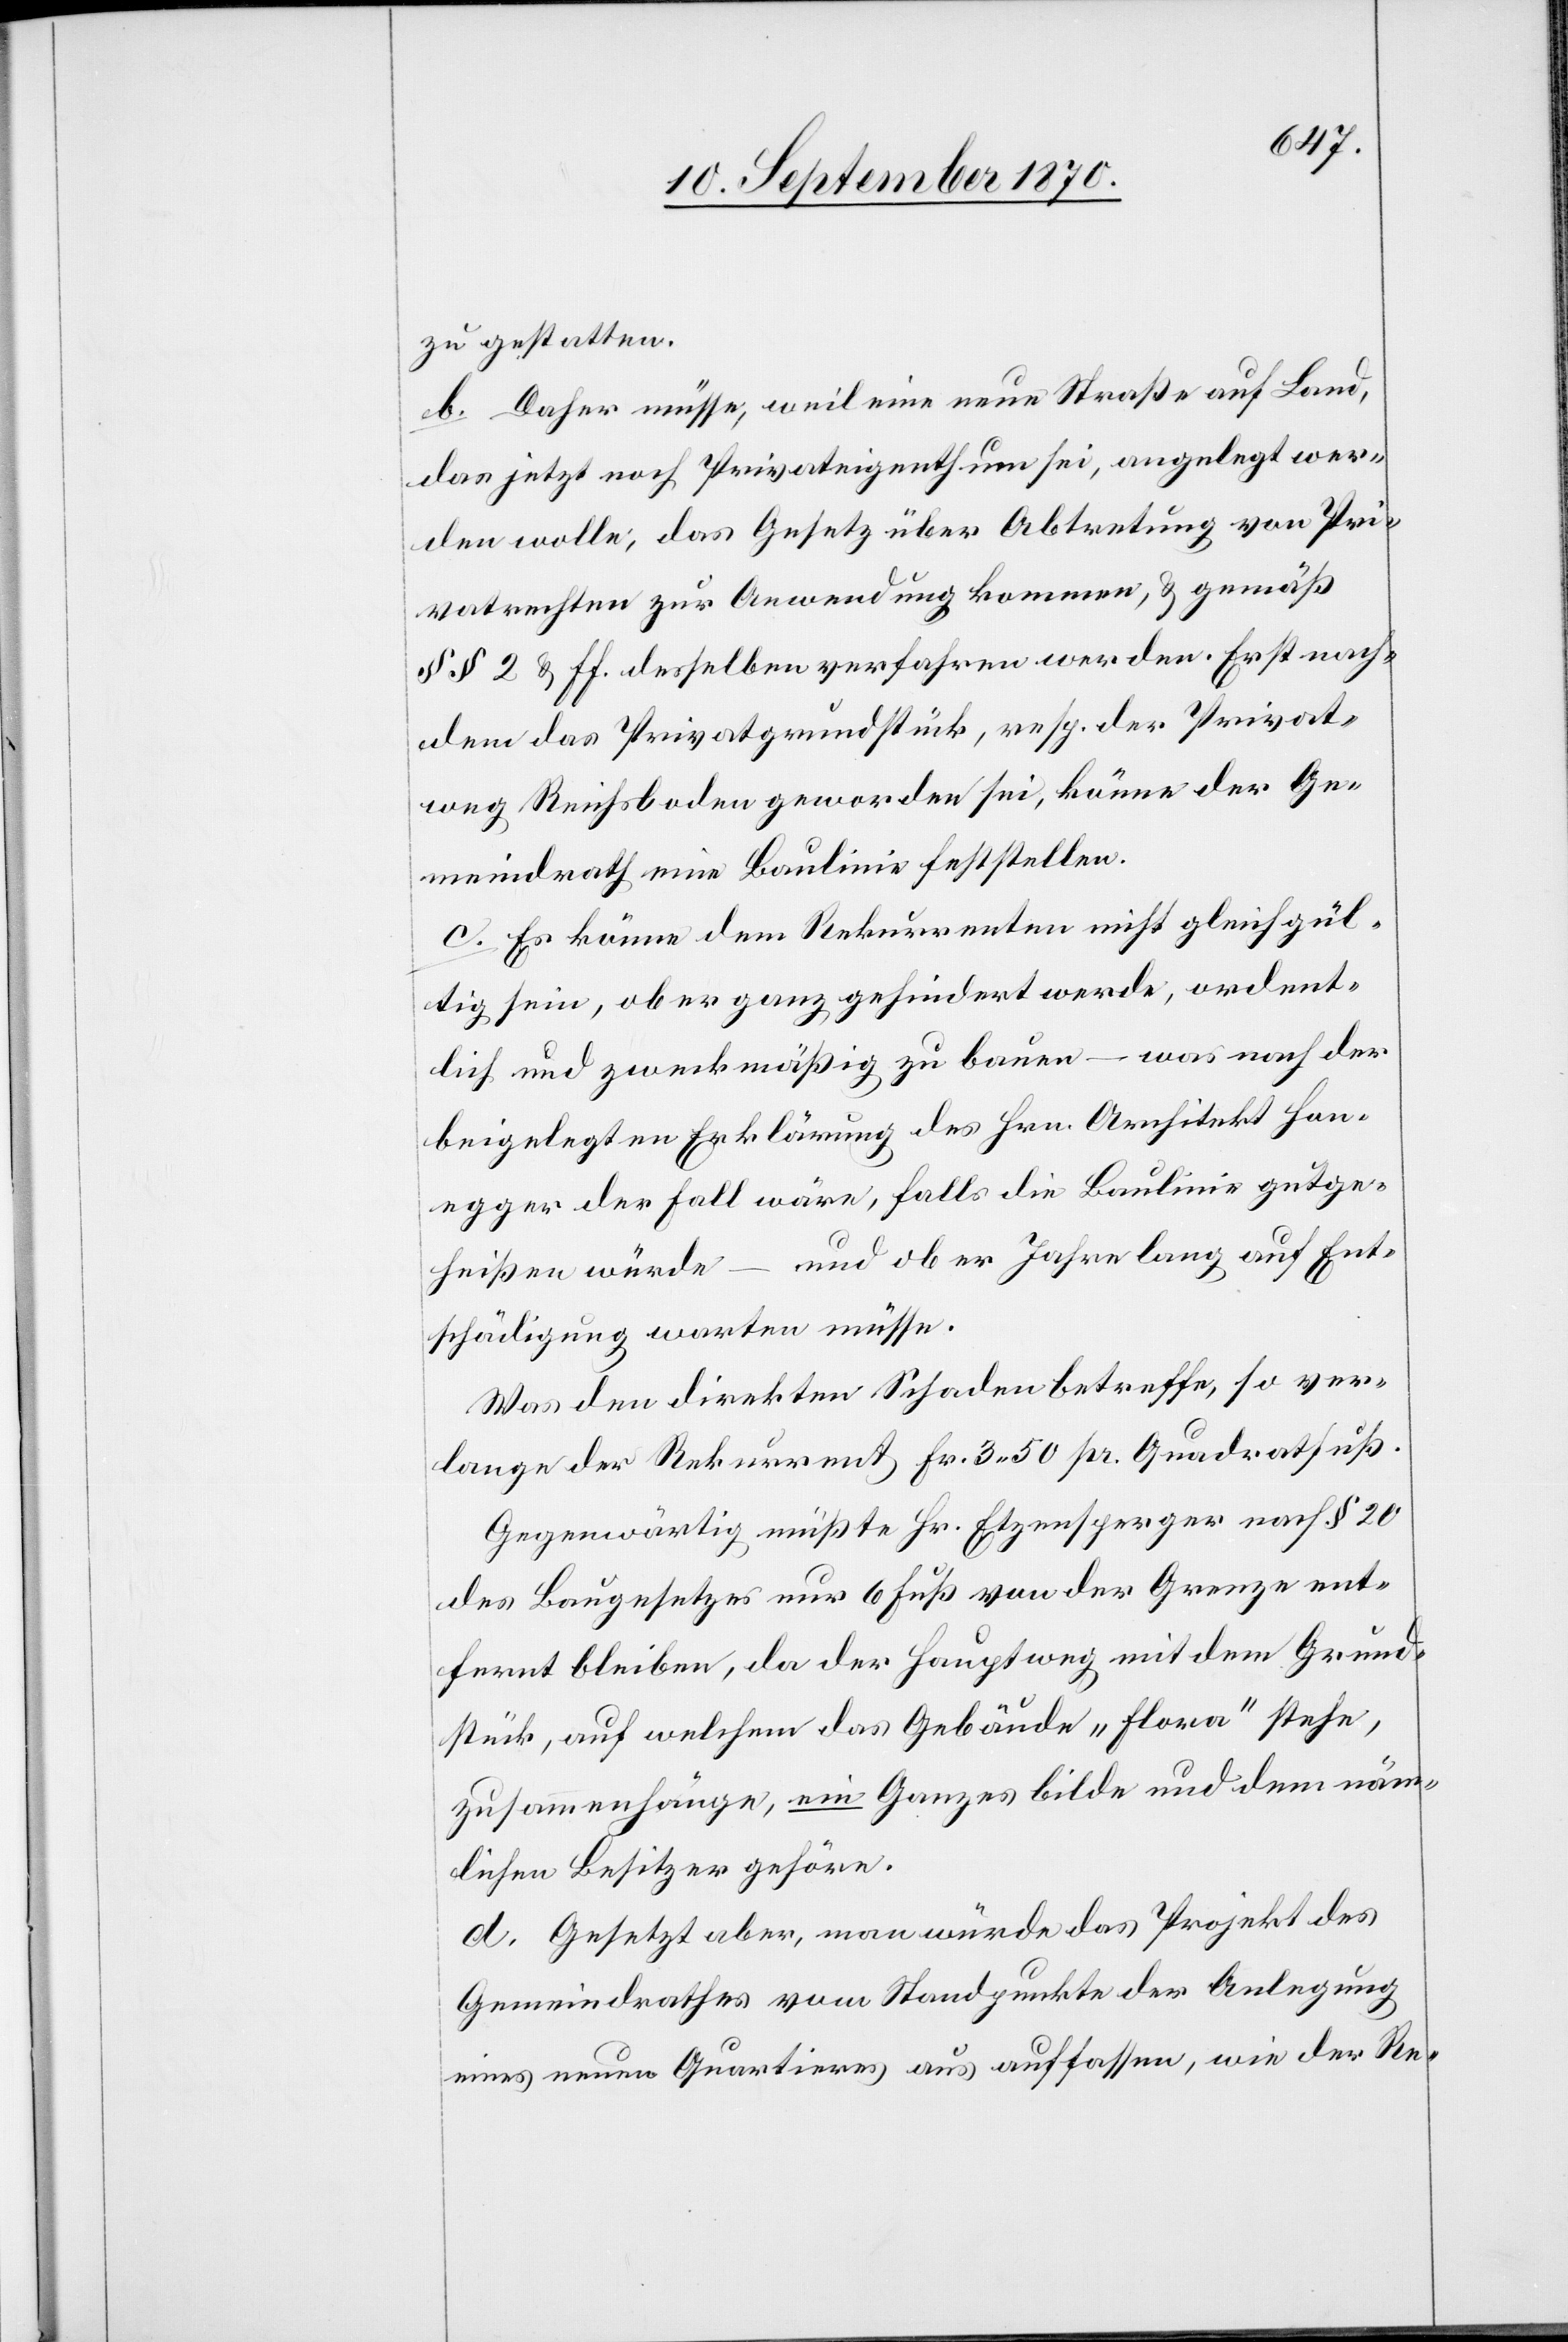
zu gestatten.
b. Daher müsse, weil eine neue Straße auf Land,
das jetzt noch Privateigenthum sei, angelegt wer¬
den wolle, das Gesetz über Abtretung von Pri¬
vatrechten zur Anwendung kommen, & gemäß
§§ 2 & ff. desselben verfahren werden. Erst nach¬
dem das Privatgrundstück, resp. der Privat¬
weg Reichsboden geworden sei, könne der Ge¬
meindrath eine Baulinie feststellen.
c. Es könne dem Rekurrenten nicht gleichgül¬
tig sein, ob er ganz gehindert werde, ordent¬
lich und zweckmäßig zu bauen – was nach der
beigelegten Erklärung des Hrn. Architekt Hon¬
egger der Fall wäre, falls die Baulinie gutge¬
heißen würde – und ob er jahrelang auf Ent¬
schädigung warten müsse.
Was den direkten Schaden betreffe, so ver¬
lange der Rekurrent Fr. 3.50 pr. Quadratfuß.
Gegenwärtig müßte Hr. Etzensperger nach § 20
des Baugesetzes nur 6 Fuß von der Grenze ent¬
fernt bleiben, da der Hauptweg mit dem Grund¬
stück, auf welchem das Gebäude „Flora“ stehe,
zuammenhänge, ein Ganzes bilde und dem näm¬
lichen Besitzer gehöre.
d. Gesetzt aber, man würde das Projekt des
Gemeindrathes vom Standpunkte der Anlegung
eines neuen Quartieres aus auffassen, wie der Re-